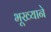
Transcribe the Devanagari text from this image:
भूख्याने